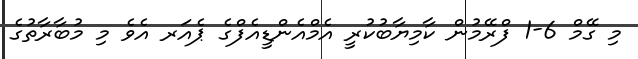
މި ގޭމް 6-1 ފްރޭމުން ކާމިޔާބުކުރީ އެމްއެންޑީއެފްގެ ޕެއަރ އެވެ މި މުބާރާތުގެ